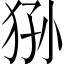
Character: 狲